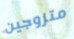
متزوجين